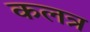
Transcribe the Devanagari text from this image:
कलत्र